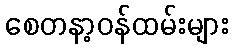
စေတနာ့ဝန်ထမ်းများ